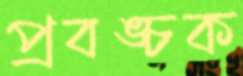
প্রবঙ্চক